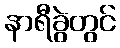
နာရီခွဲတွင်